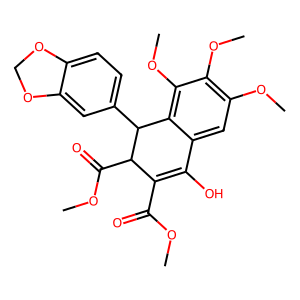
SMILES: COC(=O)C1=C(O)c2cc(OC)c(OC)c(OC)c2C(c2ccc3c(c2)OCO3)C1C(=O)OC
Inhibits HIV replication: No